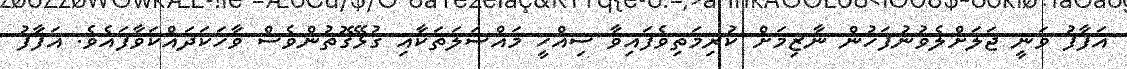
އަފާފު ވަނީ ޖަލަށްލެވުނުފަހުން ނާޒިމަށް ކުރިމަތިވެފައިވާ ސިއްހީ މައްސަލަތަކާއި ގުޅޭގޮތުންވެސް ވާހަކަދައްކަވާފައެވެ. އަފާފު